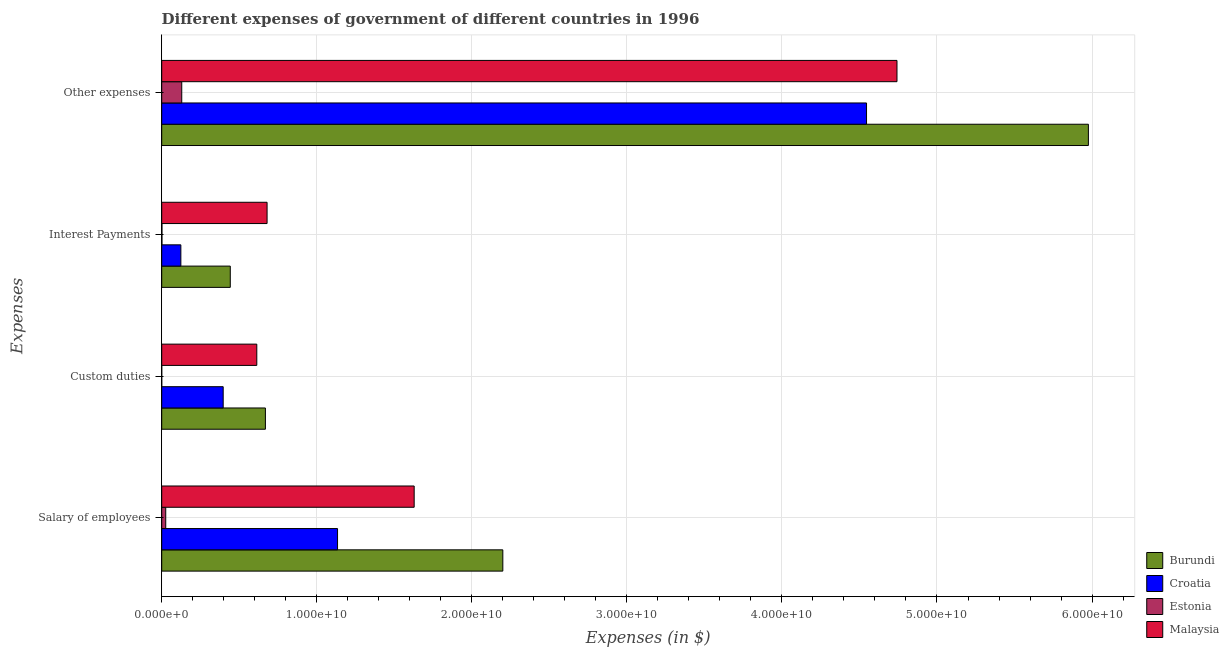
| Expenses | Burundi | Croatia | Estonia | Malaysia |
 | --- | --- | --- | --- | --- |
 | Salary of employees | 2.2e+10 | 1.13e+10 | 2.59e+08 | 1.63e+10 |
 | Custom duties | 6.69e+09 | 3.96e+09 | 3e+04 | 6.13e+09 |
 | Interest Payments | 4.42e+09 | 1.23e+09 | 1.45e+07 | 6.8e+09 |
 | Other expenses | 5.98e+10 | 4.55e+10 | 1.29e+09 | 4.74e+10 |